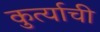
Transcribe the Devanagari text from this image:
कुर्त्याची